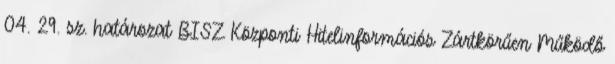
04. 29. sz. határozat BISZ Központi Hitelinformációs Zártkörűen Működő